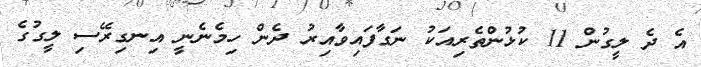
އެ ދެ ލީގުން 11 ކުޅުންތެރިއަކު ނަގާފައިވާއިރު ދެން ހިމެނެނީ އިނގިރޭސި ލީގުގެ